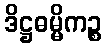
ဒိဋ္ဌဓမ္မိကဉ္စ